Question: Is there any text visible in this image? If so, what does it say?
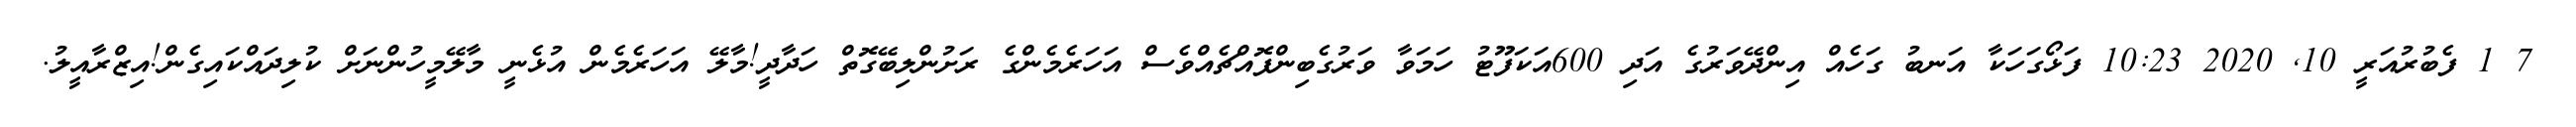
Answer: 7 1 ފެބުރުއަރީ 10, 2020 10:23 ފަޅޯގަހަކާ އަނބު ގަހެއް އިންދޭވަރުގެ އަދި 600އަކަފޫޓު ހަމަވާ ވަރުގެބިންފޮއްޗެއްވެސް އަހަރެމެންގެ ރަށުންލިބޭގޮތް ހަދާދީ!މާލޭ އަހަރެމެން އުޅެނީ މާލޭމީހުންނަށް ކުލިދައްކައިގެން!އިޒްރާއީލު.